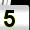
Digit: 5